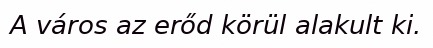
A város az erőd körül alakult ki.